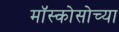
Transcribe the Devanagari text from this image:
मॉस्कोसोच्या